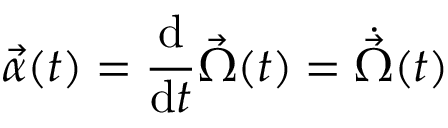
{ \vec { \alpha } } ( t ) = { \frac { \mathrm { d } } { \mathrm { d } t } } { \vec { \Omega } } ( t ) = { \dot { \vec { \Omega } } } ( t )